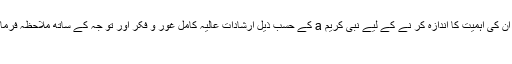
یہی روزہ کے مقاصد ہیں، ان کی اہمیت کا اندازہ کر نے کے لیے نبی کریم a کے حسبِ ذیل ارشاداتِ عالیہ کامل غور و فکر اور تو جہ کے ساتھ ملاحظہ فرمائیں اور ان پر عمل کیجئے:
۱:۔